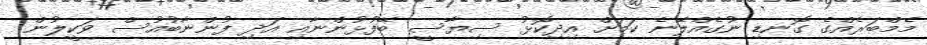
މެމްބަރެއްގެ ގޮނޑި ނުގެއްލޭނެ ކަަމަށް އިދިކޮޅު ސިޔާސީ ބޭފުޅުންނާއި އަދި ފުންނާބުއުސް ވަކީލުން